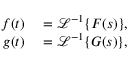
\begin{array} { r l } { f ( t ) } & { { } = { \mathcal { L } } ^ { - 1 } \{ F ( s ) \} , } \\ { g ( t ) } & { { } = { \mathcal { L } } ^ { - 1 } \{ G ( s ) \} , } \end{array}